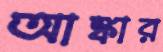
আঙ্কার